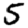
Digit: 5